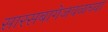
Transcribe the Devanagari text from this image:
सारसबागेजवळच्या